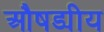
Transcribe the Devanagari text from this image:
औषड्यीय